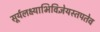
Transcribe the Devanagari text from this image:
सूर्यलक्ष्याभिविज्ञेयस्तपतेव